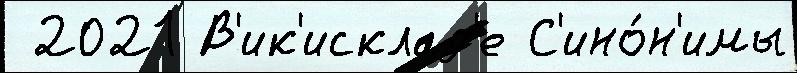
 2021 В'ик'исклад'е С'ино́н'имы